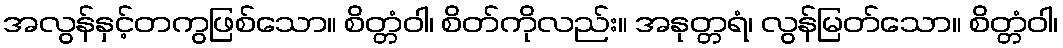
အလွန်နှင့်တကွဖြစ်သော။ စိတ္တံဝါ၊ စိတ်ကိုလည်း။ အနုတ္တရံ၊ လွန်မြတ်သော။ စိတ္တံဝါ၊